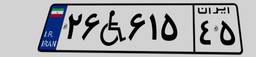
۲۶W۶۱۵۴۵